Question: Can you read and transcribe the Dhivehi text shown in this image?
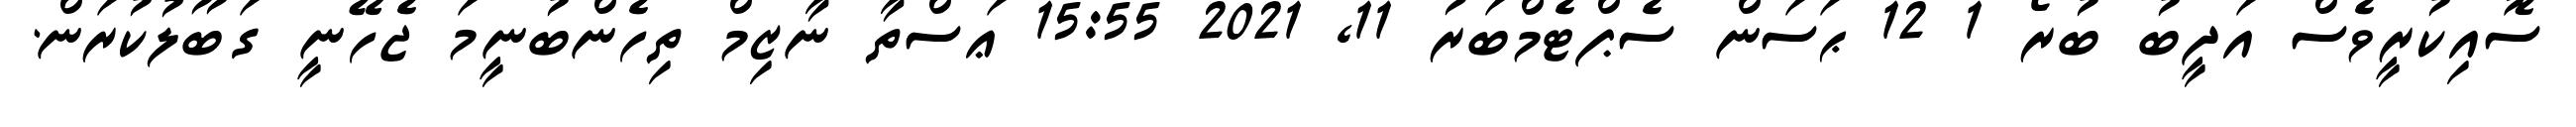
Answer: ސޮއިކުރީވެސް އަދީބު ބުރޯ 1 12 ޙަސަން ސެޕްޓެމްބަރު 11, 2021 15:55 ޢަސްތާ ނާޒިމް ތިހެންބުނީމަ ޖެހޭނީ ގަބޫލުކުރަން.